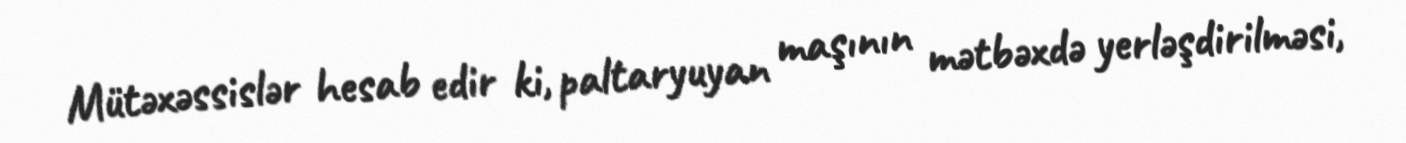
Mütəxəssislər hesab edir ki, paltaryuyan maşının mətbəxdə yerləşdirilməsi,